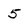
Character: 5